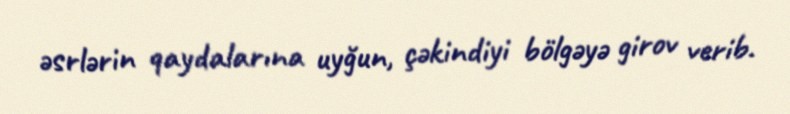
əsrlərin qaydalarına uyğun, çəkindiyi bölgəyə girov verib.